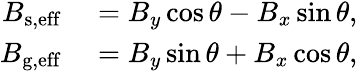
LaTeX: \begin{array}{rl}{B_{\mathrm{s,eff}}}&{{}=B_{y}\cos\theta-B_{x}\sin\theta,}\\ {B_{\mathrm{g,eff}}}&{{}=B_{y}\sin\theta+B_{x}\cos\theta,}\end{array}